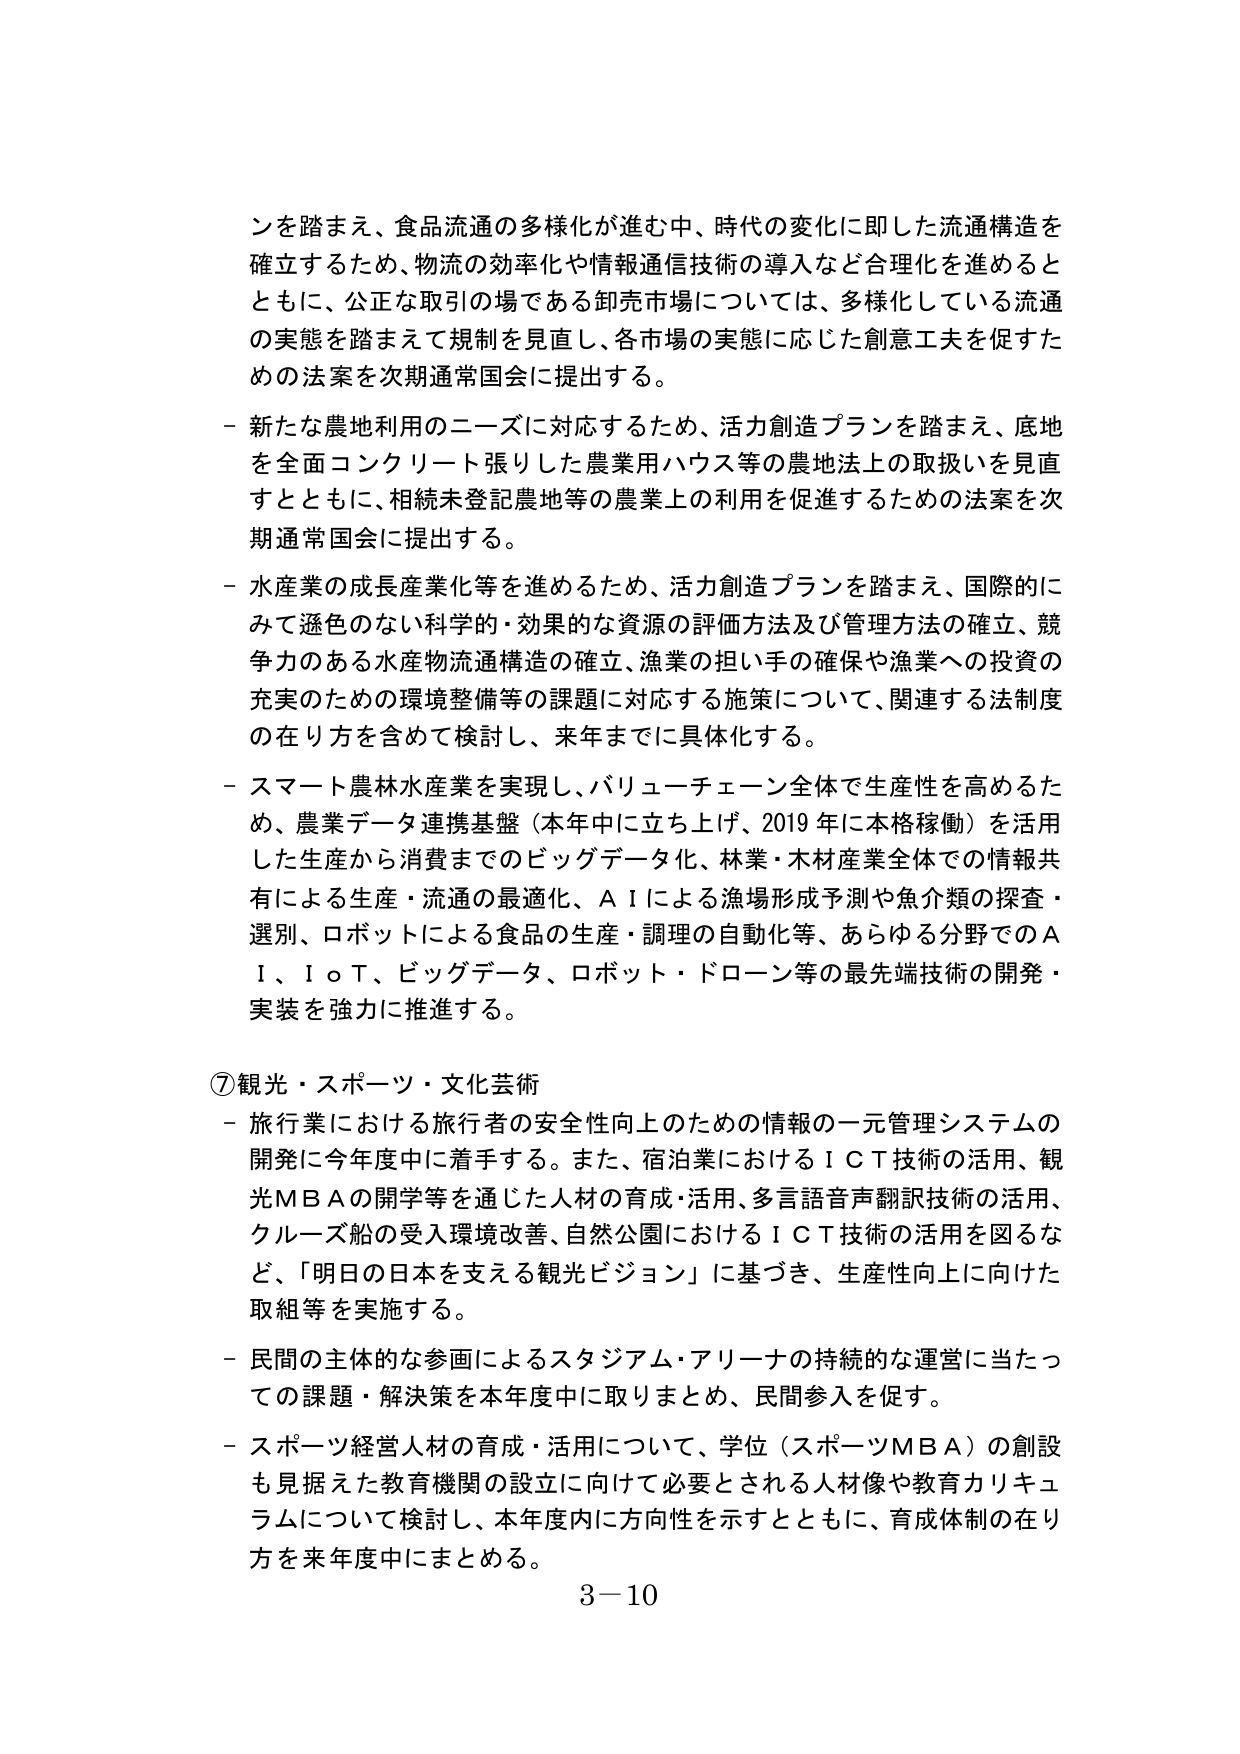
ンを踏まえ、食品流通の多様化が進む中、時代の変化に即した流通構造を
確立するため、物流の効率化や情報通信技術の導入など合理化を進めると
ともに、公正な取引の場である卸売市場については、多様化している流通
の実態を踏まえて規制を見直し、各市場の実態に応じた創意工夫を促すた
めの法案を次期通常国会に提出する。

－ 新たな農地利用のニーズに対応するため、活力創造プランを踏まえ、底地
を全面コンクリート張りした農業用ハウス等の農地法上の取扱いを見直
すとともに、相続未登記農地等の農業上の利用を促進するための法案を次
期通常国会に提出する。

－ 水産業の成長産業化等を進めるため、活力創造プランを踏まえ、国際的に
みて遜色のない科学的・効果的な資源の評価方法及び管理方法の確立、競
争力のある水産物流通構造の確立、漁業の担い手の確保や漁業への投資の
充実のための環境整備等の課題に対応する施策について、関連する法制度
の在り方を含めて検討し、来年までに具体化する。

－ スマート農林水産業を実現し、バリューチェーン全体で生産性を高めるた
め、農業データ連携基盤（本年中に立ち上げ、2019年に本格稼働）を活用
した生産から消費までのビッグデータ化、林業・木材産業全体での情報共
有による生産・流通の最適化、ＡＩによる漁場形成予測や魚介類の探査・
選別、ロボットによる食品の生産・調理の自動化等、あらゆる分野でのＡ
Ｉ、ＩｏＴ、ビッグデータ、ロボット・ドローン等の最先端技術の開発・
実装を強力に推進する。

⑦観光・スポーツ・文化芸術
－ 旅行業における旅行者の安全性向上のための情報の一元管理システムの
開発に今年度中に着手する。また、宿泊業におけるＩＣＴ技術の活用、観
光ＭＢＡの開学等を通じた人材の育成・活用、多言語音声翻訳技術の活用、
クルーズ船の受入環境改善、自然公園におけるＩＣＴ技術の活用を図るな
ど、「明日の日本を支える観光ビジョン」に基づき、生産性向上に向けた
取組等を実施する。

－ 民間の主体的な参画によるスタジアム・アリーナの持続的な運営に当たっ
ての課題・解決策を本年度中に取りまとめ、民間参入を促す。

－ スポーツ経営人材の育成・活用について、学位（スポーツＭＢＡ）の創設
も見据えた教育機関の設立に向けて必要とされる人材像や教育カリキュ
ラムについて検討し、本年度内に方向性を示すとともに、育成体制の在り
方を来年度中にまとめる。

3－10